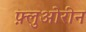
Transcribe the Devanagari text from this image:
फ़्लुओरीन